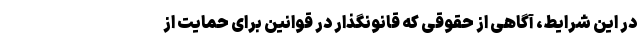
در این شرایط، آگاهی از حقوقی که قانونگذار در قوانین برای حمایت از